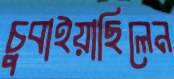
চুবাইয়াছিলেন